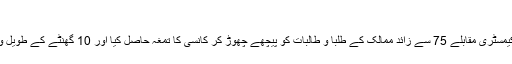
ماہا ایوب
کراچی سے تعلق رکھنے والی ماہا ایوب نے تھائی لینڈ میں بین الاقوامی کیمسٹری مقابلے 75 سے زائد ممالک کے طلبا و طالبات کو پیچھے چھوڑ کر کانسی کا تمغہ حاصل کیا اور 10 گھنٹے کے طویل وقت تک جاری رہنے والا اس سخت مقابلے میں پاکستان کا نام روشن کیا۔